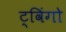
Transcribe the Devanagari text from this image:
ट्विंगो